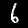
Digit: 6